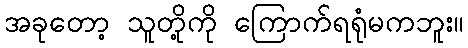
အခုတော့ သူတို့ကို ကြောက်ရရုံမကဘူး။